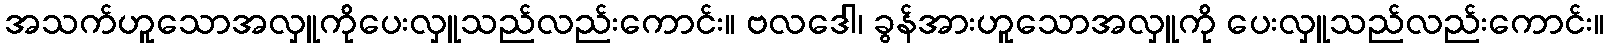
အသက်ဟူသောအလှူကိုပေးလှူသည်လည်းကောင်း။ ဗလဒေါ၊ ခွန်အားဟူသောအလှူကို ပေးလှူသည်လည်းကောင်း။